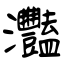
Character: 灩